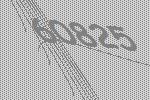
60825